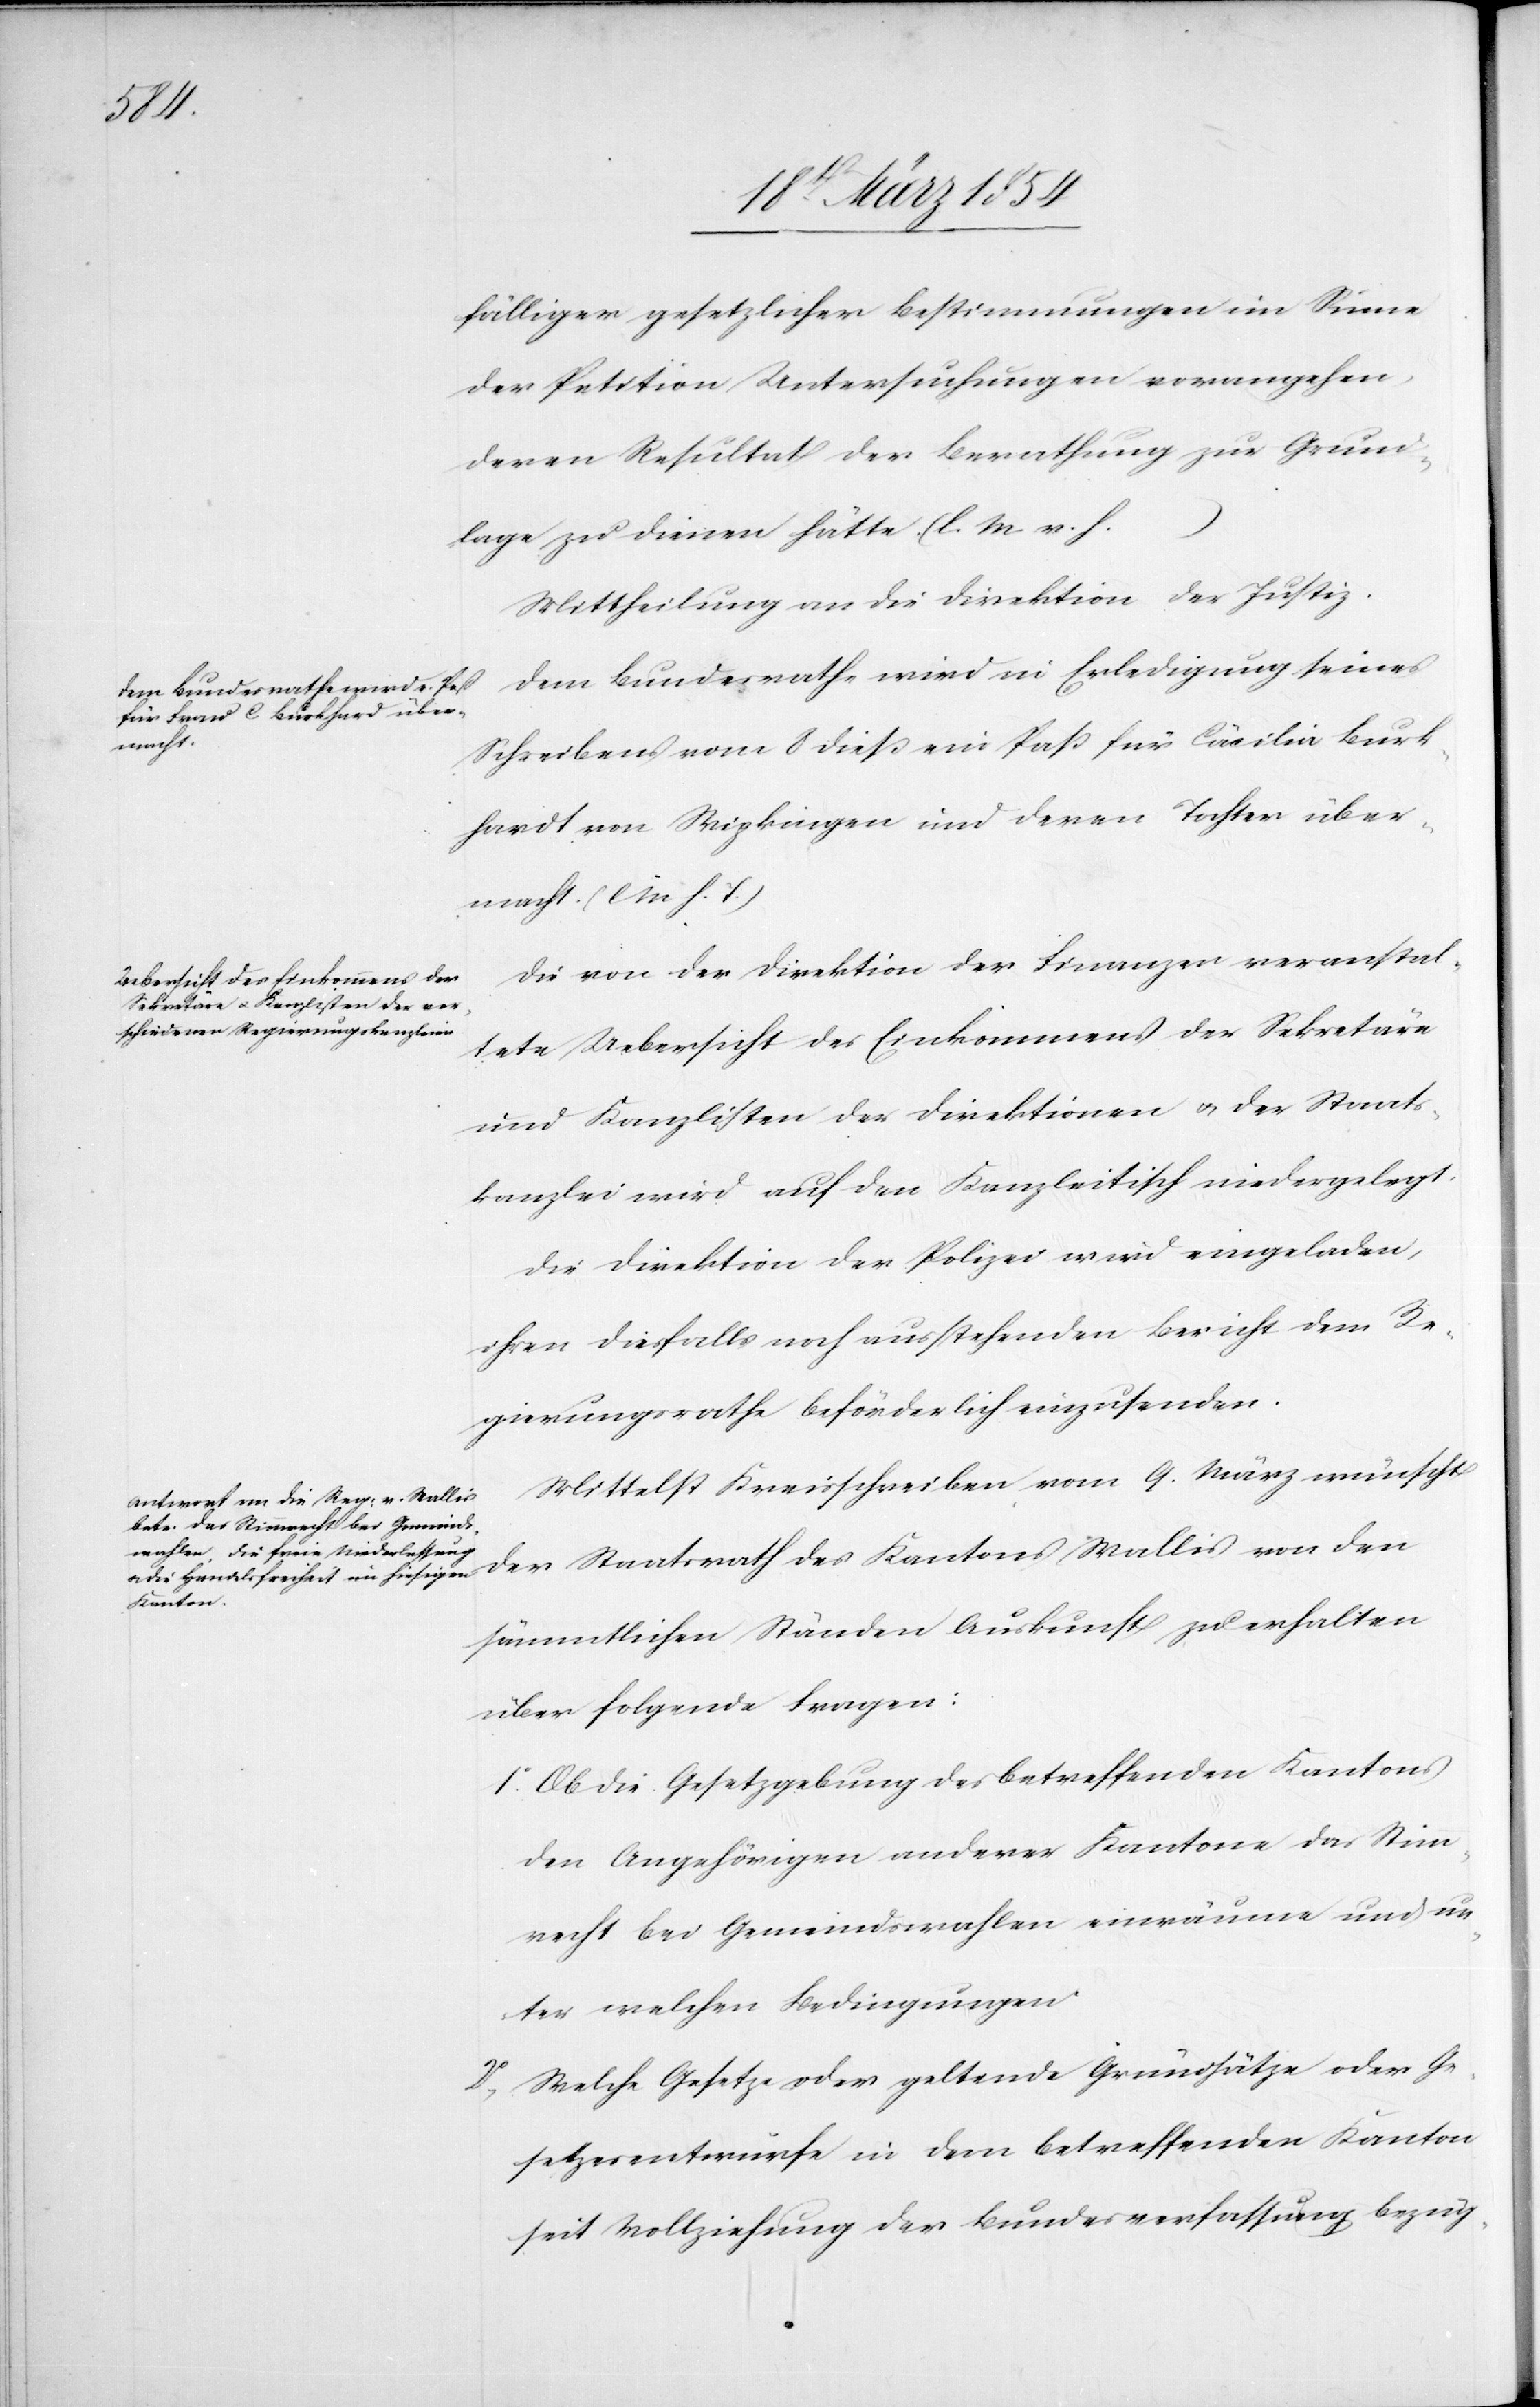
fälliger gesetzlicher Bestimmungen im Sinne
der Petition Untersuchungen vorangehen,
deren Resultat der Berathung zur Grund¬
lage zu dienen hätte. (l. M. v. h.
Mittheilungen an die Direktion der Justiz.
Dem Bundesrathe wird in Erledigung seines
Schreibens vom 8 dieß ein Paß für Cäcilia Burk¬
hardt [sic!] von Wipkingen und deren Tochter über¬
macht. (l M h. T.)
Die von der Direktion der Finanzen veranstal¬
tete Uebersicht des Einkommens der Sekretäre
und Kanzlisten der Direktionen u. der Staats¬
kanzlei wird auf den Kanzleitisch niedergelegt.
Die Direktion der Polizei wird eingeladen,
ihren diesfalls noch ausstehenden Bericht dem Re¬
gierungsrathe beförderlich einzusenden.
Mittelst Kreisschreiben vom 9. März wünscht
der Staatsrath des Kantons Wallis von den
sämmtlichen Ständen Auskunft zu erhalten
über folgende Fragen:
1o Ob die Gesetzgebung des betreffenden Kantons
den Angehörigen anderer Kantone das Stimm¬
recht bei Gemeindswahlen einräume und un¬
ter welchen Bedingungen.
Welche Gesetze oder geltende Grundsätze oder Ge¬
setzesentwürfe in dem betreffenden Kanton
seit Vollziehung der Bundesverfassung bezüg-